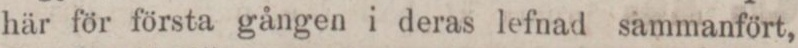
här för första gången i deras lefnad sammanfört,